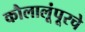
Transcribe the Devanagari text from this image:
कौलालूंपूरचे